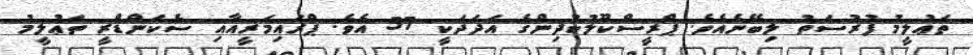
ތަޢުލީމު ފުރުސަތު ލިބޭނެއެވެ. ޕްރީސްކޫލުކުދިންގެ އަދަދަކީ 57 އެވެ. ޕްރައިމަރީއާއި ސެކަންޑްރީ ތަޢުލީމު